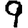
Digit: 9